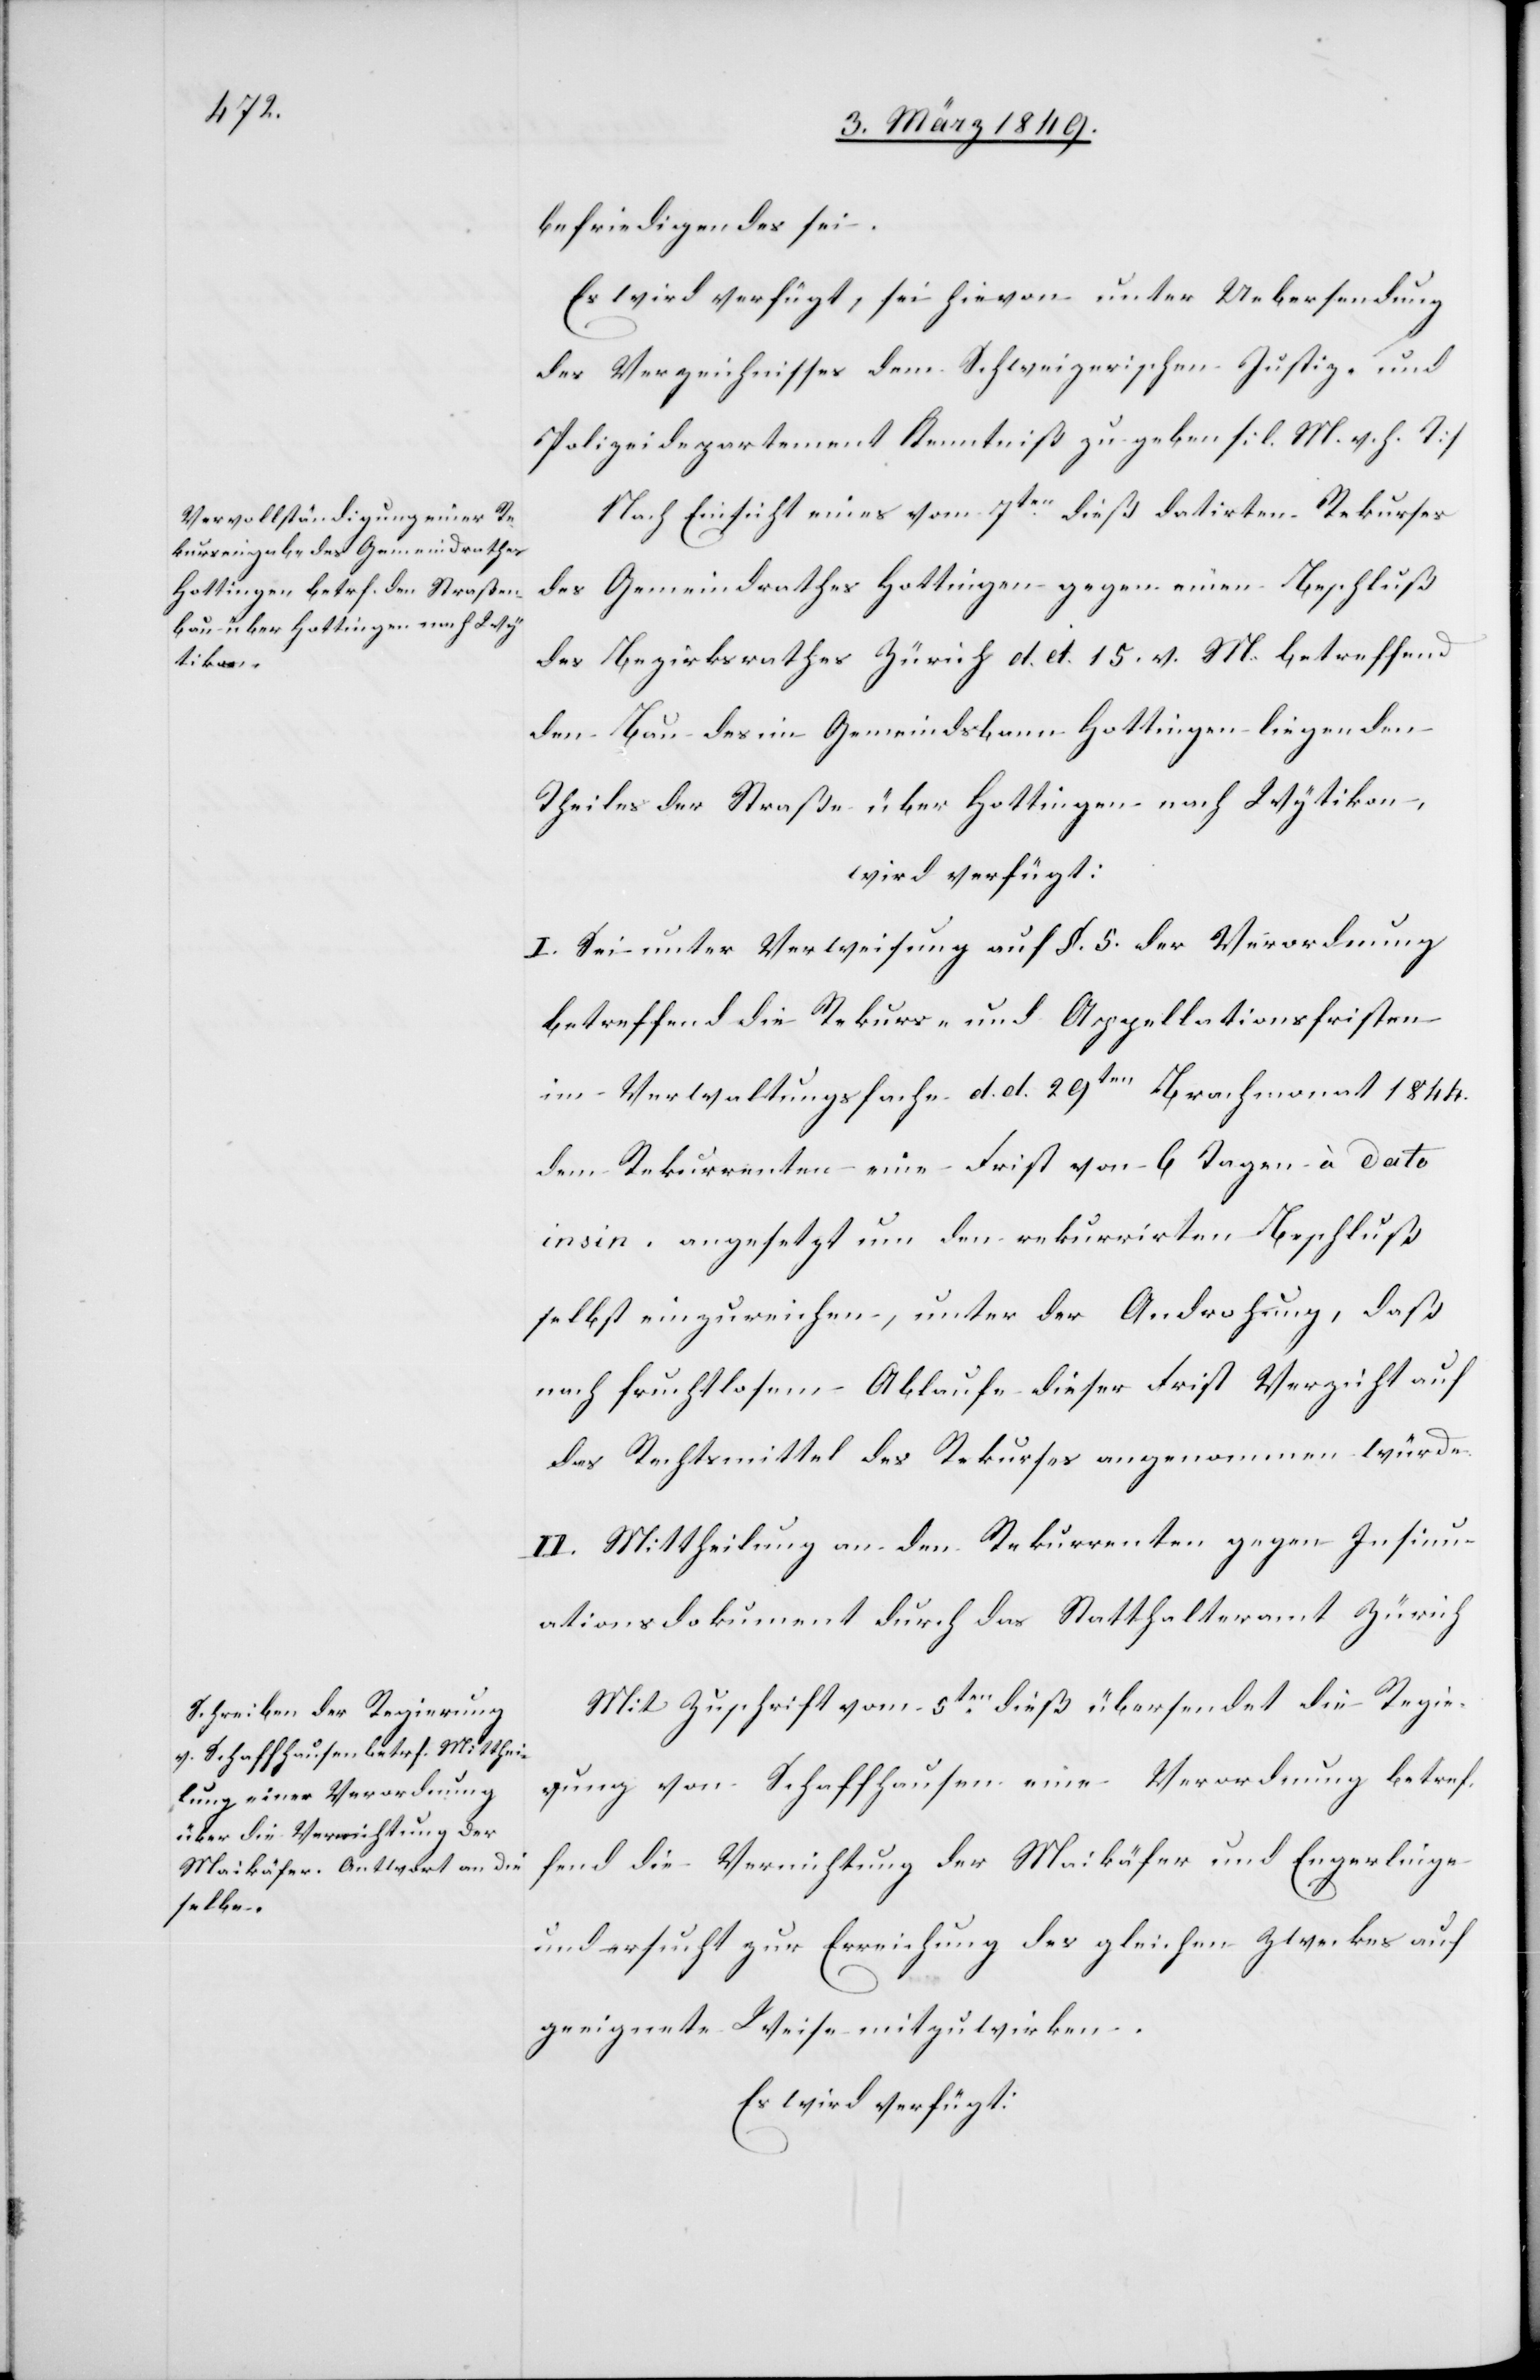
h[.]

9. März 1849.]
befriedigendes sei.
Es wird verfügt, sei hievon unter Uebersendung
des Verzeichnisses dem Schweizerischen Justiz- und
Polizeidepartement Kenntniß zu geben [l. M. v. h. T]
Nach Einsicht eines vom 7ten. dieß datirten Rekurses
des Gemeindrathes Hottingen gegen einen Beschluß
des Bezirksrathes Zürich d. d. 15. v. M. betreffend
den Bau des im Gemeindsbann Hottingen liegenden
Theiles der Straße über Hottingen nach Wytikon,
wird verfügt:
I. Sei unter Verweisung auf §. 5. der Verordnung
betreffend die Rekurs- und Appellationsfristen
im Verwaltungsfache d. d. 29ten Brachmonat 1844.
dem Rekurrenten eine Frist von 6 Tagen à dato
insin. angesetzt um den rekurriten Beschluß
selbst einzureichen, unter der Androhung, daß
nach fruchtlosem Ablaufe dieser Frist Verzicht auf
das Rechtsmittel des Rekurses angenommen würde.
II. Mittheilung an den Rekurrenten gegen Insinu¬
ationsdokument durch das Statthalteramt Züric¬
Mit Zuschrift vom 5ten. dieß übersendet die Regie¬
rung von Schaffhausen eine Verordnung betref¬
fend die Vernichtung der Maikäfer und Engerlinge
und ersucht zur Erreichung des gleichen Zweckes auf
geeignete Weise mitzuwirken.
Es wird verfügt: